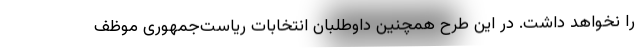
را نخواهد داشت. در این طرح همچنین داوطلبان انتخابات ریاست‌جمهوری موظف